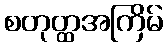
စတုတ္ထအကြိမ်